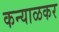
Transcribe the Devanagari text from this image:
कन्याळकर